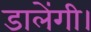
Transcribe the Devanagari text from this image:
डालेंगी।